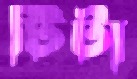
টিটা